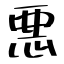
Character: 悪